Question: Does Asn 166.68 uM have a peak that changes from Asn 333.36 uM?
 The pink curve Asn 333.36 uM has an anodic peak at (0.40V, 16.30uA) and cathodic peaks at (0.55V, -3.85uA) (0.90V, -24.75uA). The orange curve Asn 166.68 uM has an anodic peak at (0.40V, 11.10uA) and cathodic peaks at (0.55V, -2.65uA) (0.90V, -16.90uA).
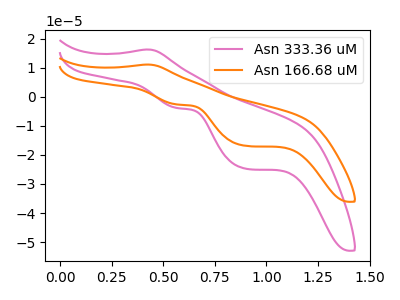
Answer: <think>All the peaks in "Asn 166.68 uM" have a peak in "Asn 333.36 uM" at the same potential. Every peak in "Asn 166.68 uM" is lower than every peak in "Asn 333.36 uM".
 </think>
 <answer>No, "Asn 166.68 uM" and "Asn 333.36 uM" don't appear to be significantly different in shape</answer>
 <eval>no_change</eval>